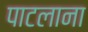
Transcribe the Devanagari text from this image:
पाटलाना